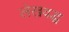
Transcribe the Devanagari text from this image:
लेखवद्ध